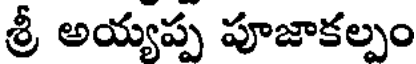
శ్రీ అయ్యప్ప పూజాకల్పం